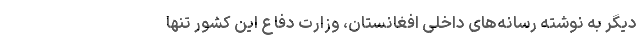
دیگر به نوشته رسانه‌های داخلی افغانستان، وزارت دفاع این کشور تنها